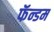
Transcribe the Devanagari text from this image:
फॅन्डम